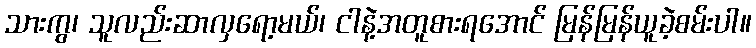
သားကွ၊ သူလည်းဆာလှရော့မယ်၊ ငါနဲ့အတူစားရအောင် မြန်မြန်ယူခဲ့စမ်းပါ။